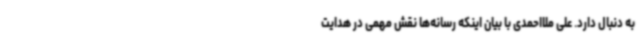
به دنبال دارد. علی ملااحمدی با بیان اینکه رسانه‌ها نقش مهمی در هدایت